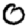
Digit: 0